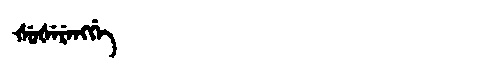
Manchu: ᡧᡠᡧᡝᡵᡝᠩᡤᡝ
Romanization: ŠUŠERENGGE